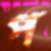
প